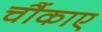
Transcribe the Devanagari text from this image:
चौंकाए